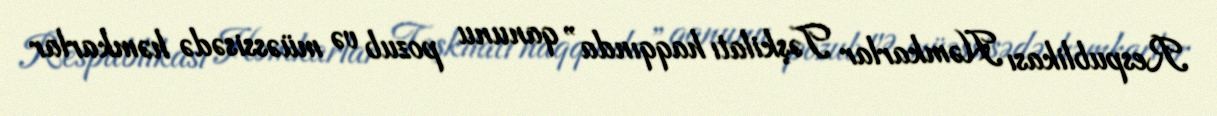
Respublikası Həmkarlar Təşkilatı haqqında” qanunu pozub və müəssisədə həmkarlar